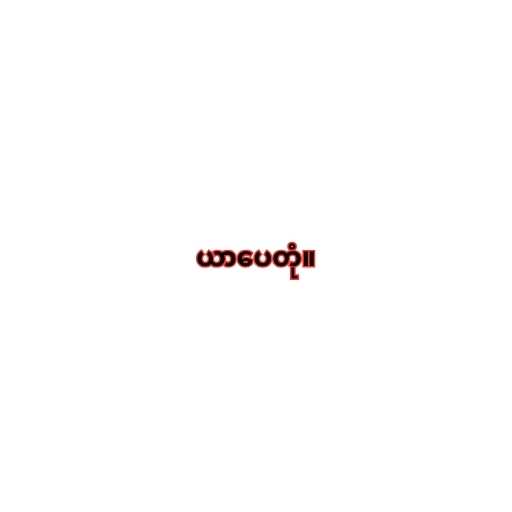
ယာပေတုံ။